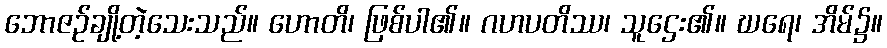
ဘောဇဉ်ချို့တဲ့သေးသည်။ ဟောတိ၊ ဖြစ်ပါ၏။ ဂဟပတိဿ၊ သူဌေး၏။ ဃရေ၊ အိမ်၌။